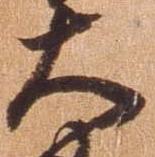
大